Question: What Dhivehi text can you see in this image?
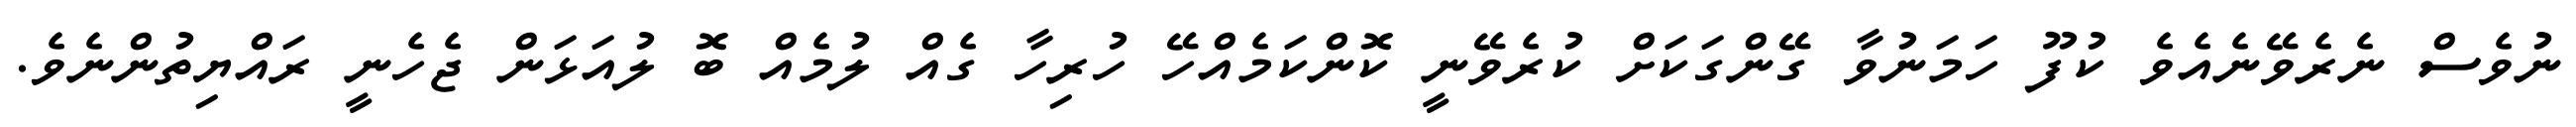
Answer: ނުވެސް ނެރެވޭނެއެވެ ކުފޫ ހަމަނުވާ ގޭންގަކަށް ކުރެވޭނީ ކޮންކަމެއްހޭ ހުރިހާ ގެއް ލުމެއް ބޮ ލުއަޅަން ޖެހެނީ ރައްޔިތުންނެވެ.